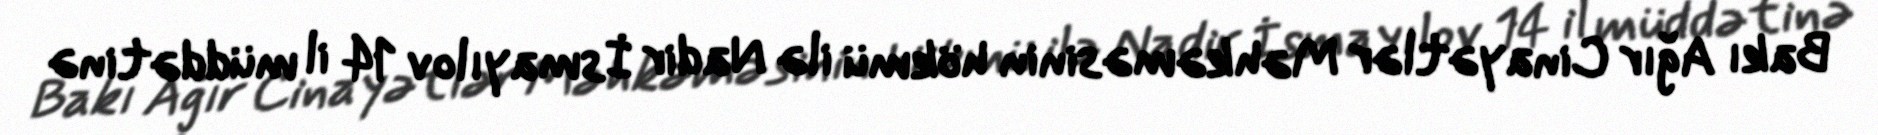
Bakı Ağır Cinayətlər Məhkəməsinin hökmü ilə Nadir İsmayılov 14 il müddətinə